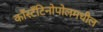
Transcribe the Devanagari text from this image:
काँस्टँटिनोपोलमधील